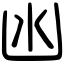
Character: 凼